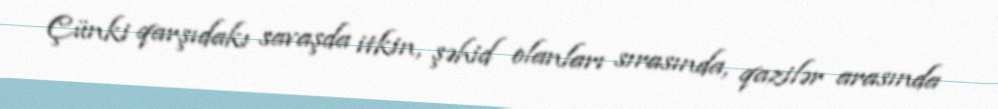
Çünki qarşıdakı savaşda itkin, şəhid olanları sırasında, qazilər arasında